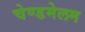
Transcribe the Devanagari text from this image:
चेण्डमेलम